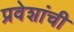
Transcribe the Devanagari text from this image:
प्रवेशांची